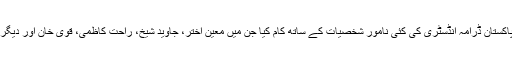
انہوں نے پاکستان ڈرامہ انڈسٹری کی کئی نامور شخصیات کے ساتھ کام کیا جن میں معین اختر، جاوید شیخ، راحت کاظمی، قوی خان اور دیگر شامل ہیں۔